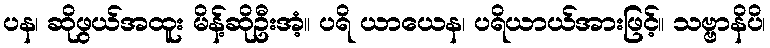
ပန၊ ဆိုဖွယ်အထူး မိန့်ဆိုဦးအံ့။ ပရိ ယာယေန၊ ပရိယာယ်အားဖြင့်။ သဗ္ဗာနိပိ၊